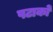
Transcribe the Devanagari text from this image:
पटाकों